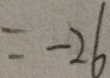
= - 2 6